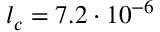
l _ { c } = 7 . 2 \cdot 1 0 ^ { - 6 }